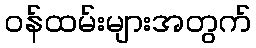
ဝန်ထမ်းများအတွက်